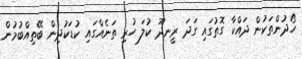
ހޯދުންތަކުން ދައްކާ ގޮތުގައި ގަދަ ރީނދޫ ކުލަ ހުރި ތަނެއްގައި ކުޑަކުދިން ބޭތިއްބުމުން